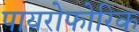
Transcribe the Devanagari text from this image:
पायरोफोरिक